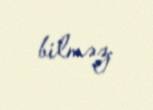
bilməz.